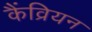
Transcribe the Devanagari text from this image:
कैंव्रियन